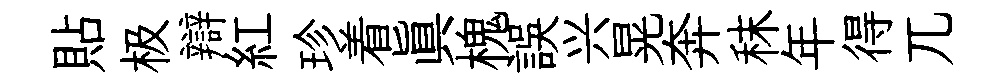
貼极辯紅珍着真槐誤兴晃奔秣年得兀